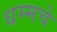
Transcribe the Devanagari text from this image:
धम्मचे